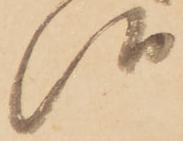
候